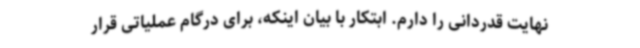
نهایت قدردانی را دارم. ابتکار با بیان اینکه، برای درگام عملیاتی قرار